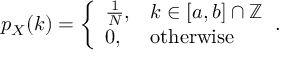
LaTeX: p _ { X } ( k ) = { \left\{ \begin{array} { l l } { { \frac { 1 } { N } } , } & { k \in [ a , b ] \cap \mathbb { Z } } \\ { 0 , } & { { \mathrm { o t h e r w i s e } } } \end{array} \right. } .